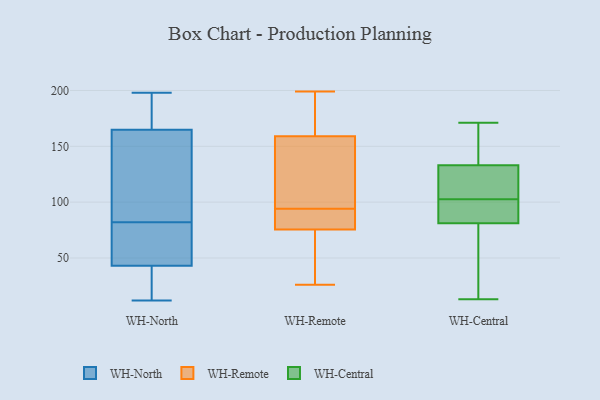
{"axis": {"x": "Active Users", "y": "Value"}, "legend": ["WH-Central", "WH-North", "WH-Remote"], "data": [{"x": "", "y": 54, "type": "WH-North"}, {"x": "", "y": 40, "type": "WH-North"}, {"x": "", "y": 82, "type": "WH-North"}, {"x": "", "y": 12, "type": "WH-North"}, {"x": "", "y": 90, "type": "WH-North"}, {"x": "", "y": 198, "type": "WH-North"}, {"x": "", "y": 102, "type": "WH-North"}, {"x": "", "y": 33, "type": "WH-North"}, {"x": "", "y": 163, "type": "WH-North"}, {"x": "", "y": 44, "type": "WH-North"}, {"x": "", "y": 80, "type": "WH-North"}, {"x": "", "y": 184, "type": "WH-North"}, {"x": "", "y": 152, "type": "WH-North"}, {"x": "", "y": 81, "type": "WH-North"}, {"x": "", "y": 198, "type": "WH-North"}, {"x": "", "y": 170, "type": "WH-North"}, {"x": "", "y": 19, "type": "WH-North"}, {"x": "", "y": 198, "type": "WH-Remote"}, {"x": "", "y": 108, "type": "WH-Remote"}, {"x": "", "y": 160, "type": "WH-Remote"}, {"x": "", "y": 94, "type": "WH-Remote"}, {"x": "", "y": 72, "type": "WH-Remote"}, {"x": "", "y": 91, "type": "WH-Remote"}, {"x": "", "y": 93, "type": "WH-Remote"}, {"x": "", "y": 199, "type": "WH-Remote"}, {"x": "", "y": 111, "type": "WH-Remote"}, {"x": "", "y": 27, "type": "WH-Remote"}, {"x": "", "y": 198, "type": "WH-Remote"}, {"x": "", "y": 156, "type": "WH-Remote"}, {"x": "", "y": 169, "type": "WH-Remote"}, {"x": "", "y": 92, "type": "WH-Remote"}, {"x": "", "y": 86, "type": "WH-Remote"}, {"x": "", "y": 113, "type": "WH-Remote"}, {"x": "", "y": 26, "type": "WH-Remote"}, {"x": "", "y": 53, "type": "WH-Remote"}, {"x": "", "y": 64, "type": "WH-Remote"}, {"x": "", "y": 13, "type": "WH-Central"}, {"x": "", "y": 133, "type": "WH-Central"}, {"x": "", "y": 59, "type": "WH-Central"}, {"x": "", "y": 118, "type": "WH-Central"}, {"x": "", "y": 78, "type": "WH-Central"}, {"x": "", "y": 101, "type": "WH-Central"}, {"x": "", "y": 87, "type": "WH-Central"}, {"x": "", "y": 93, "type": "WH-Central"}, {"x": "", "y": 171, "type": "WH-Central"}, {"x": "", "y": 57, "type": "WH-Central"}, {"x": "", "y": 170, "type": "WH-Central"}, {"x": "", "y": 108, "type": "WH-Central"}, {"x": "", "y": 81, "type": "WH-Central"}, {"x": "", "y": 161, "type": "WH-Central"}, {"x": "", "y": 133, "type": "WH-Central"}, {"x": "", "y": 89, "type": "WH-Central"}, {"x": "", "y": 104, "type": "WH-Central"}, {"x": "", "y": 165, "type": "WH-Central"}]}